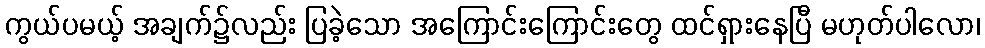
ကွယ်ပမယ့် အချက်၌လည်း ပြခဲ့သော အကြောင်းကြောင်းတွေ ထင်ရှားနေပြီ မဟုတ်ပါလော၊